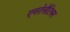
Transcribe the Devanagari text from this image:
एयरोनौटिक्स